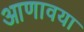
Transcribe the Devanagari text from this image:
आणावया